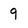
Character: 9